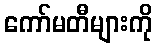
ကော်မတီများကို